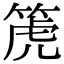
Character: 箎